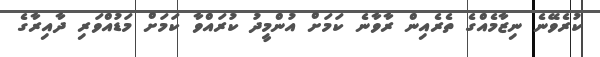
ކުރެވޭނެ ނިޒާމެއްގެ ތެރެއިން ރާވާނެ ކަމަށް އުންމީދު ކުރައްވާ ކަމަށް މަޑުއްވަރި ދާއިރާގެ